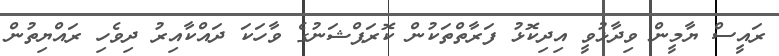
ރައީސް ޔާމީން ވިދާޅުވީ އިދިކޮޅު ފަރާތްތަކުން ކޮރަޕްޝަނުގެ ވާހަކަ ދައްކާއިރު ދިވެހި ރައްޔިތުން